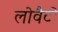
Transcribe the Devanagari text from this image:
लोवैटो